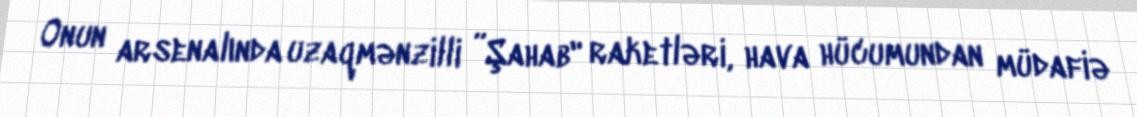
Onun arsenalında uzaqmənzilli ”Şahab" raketləri, hava hücumundan müdafiə